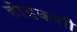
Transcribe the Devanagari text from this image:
होइकशी